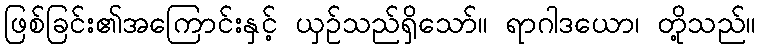
ဖြစ်ခြင်း၏အကြောင်းနှင့် ယှဉ်သည်ရှိသော်။ ရာဂါဒယော၊ တို့သည်။